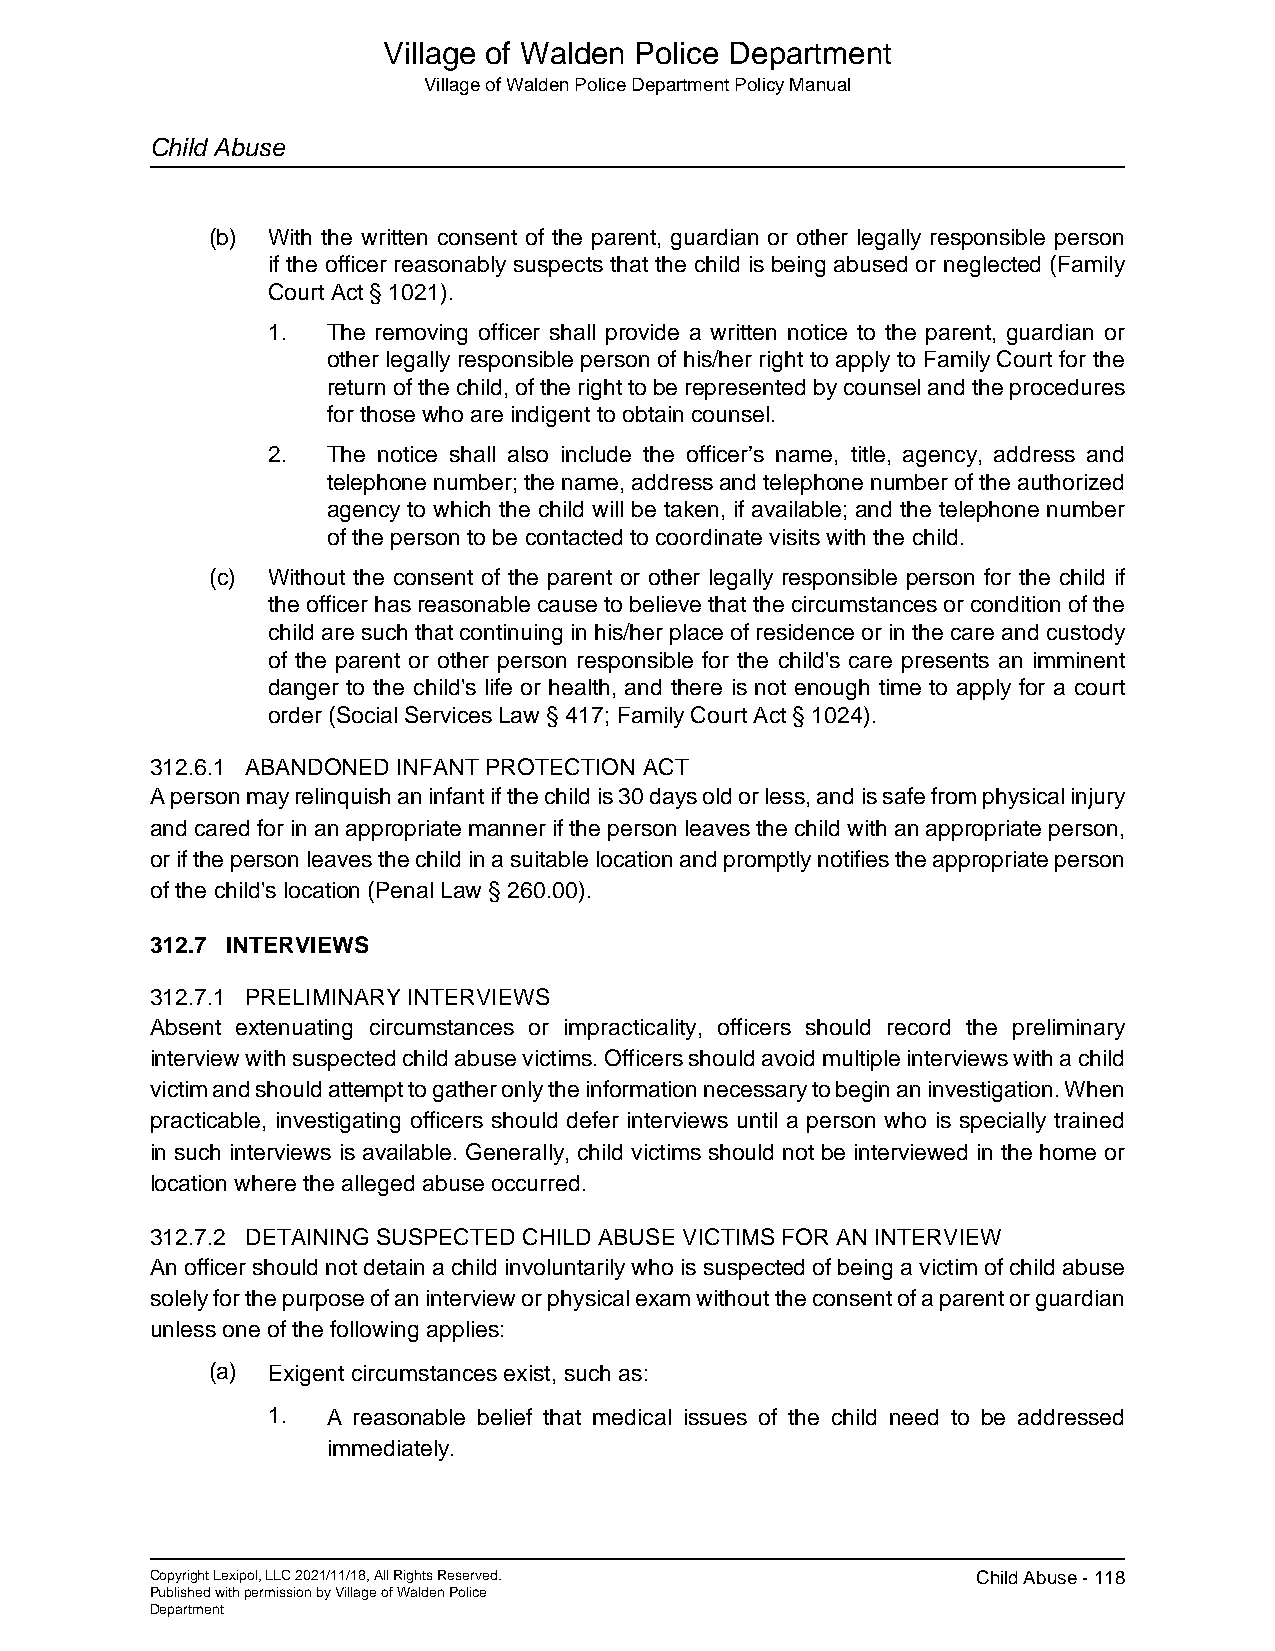
Village of Walden Police Department
 Village of Walden Police Department Policy Manual
 Child Abuse
 (b) With the written consent of the parent, guardian or other legally responsible person
 if the officer reasonably suspects that the child is being abused or neglected (Family
 Court Act § 1021).
 1.  The removing officer shall provide a written notice to the parent, guardian or
 other legally responsible person of his/her right to apply to Family Court for the
 return of the child, of the right to be represented by counsel and the procedures
 for those who are indigent to obtain counsel.
 2.  The notice shall also include the officer’s name, title, agency, address and
 telephone number; the name, address and telephone number of the authorized
 agency to which the child will be taken, if available; and the telephone number
 of the person to be contacted to coordinate visits with the child.
 (c) Without the consent of the parent or other legally responsible person for the child if
 the officer has reasonable cause to believe that the circumstances or condition of the
 child are such that continuing in his/her place of residence or in the care and custody
 of the parent or other person responsible for the child's care presents an imminent
 danger to the child's life or health, and there is not enough time to apply for a court
 order (Social Services Law § 417; Family Court Act § 1024).
 312.6.1 ABANDONED INFANT PROTECTION ACT
 A person may relinquish an infant if the child is 30 days old or less, and is safe from physical injury
 and cared for in an appropriate manner if the person leaves the child with an appropriate person,
 or if the person leaves the child in a suitable location and promptly notifies the appropriate person
 of the child's location (Penal Law § 260.00).
 312.7 INTERVIEWS
 312.7.1 PRELIMINARY INTERVIEWS
 Absent extenuating circumstances or impracticality, officers should record the preliminary
 interview with suspected child abuse victims. Officers should avoid multiple interviews with a child
 victim and should attempt to gather only the information necessary to begin an investigation. When
 practicable, investigating officers should defer interviews until a person who is specially trained
 in such interviews is available. Generally, child victims should not be interviewed in the home or
 location where the alleged abuse occurred.
 312.7.2 DETAINING SUSPECTED CHILD ABUSE VICTIMS FOR AN INTERVIEW
 An officer should not detain a child involuntarily who is suspected of being a victim of child abuse
 solely for the purpose of an interview or physical exam without the consent of a parent or guardian
 unless one of the following applies:
 (a) Exigent circumstances exist, such as:
 1.  A reasonable belief that medical issues of the child need to be addressed
 immediately.
 Copyright Lexipol, LLC 2021/11/18, All Rights Reserved. Child Abuse - 118
 Published with permission by Village of Walden Police
 Department